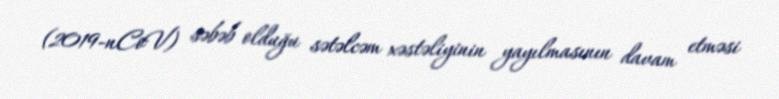
(2019-nCoV) səbəb olduğu sətəlcəm xəstəliyinin yayılmasının davam etməsi